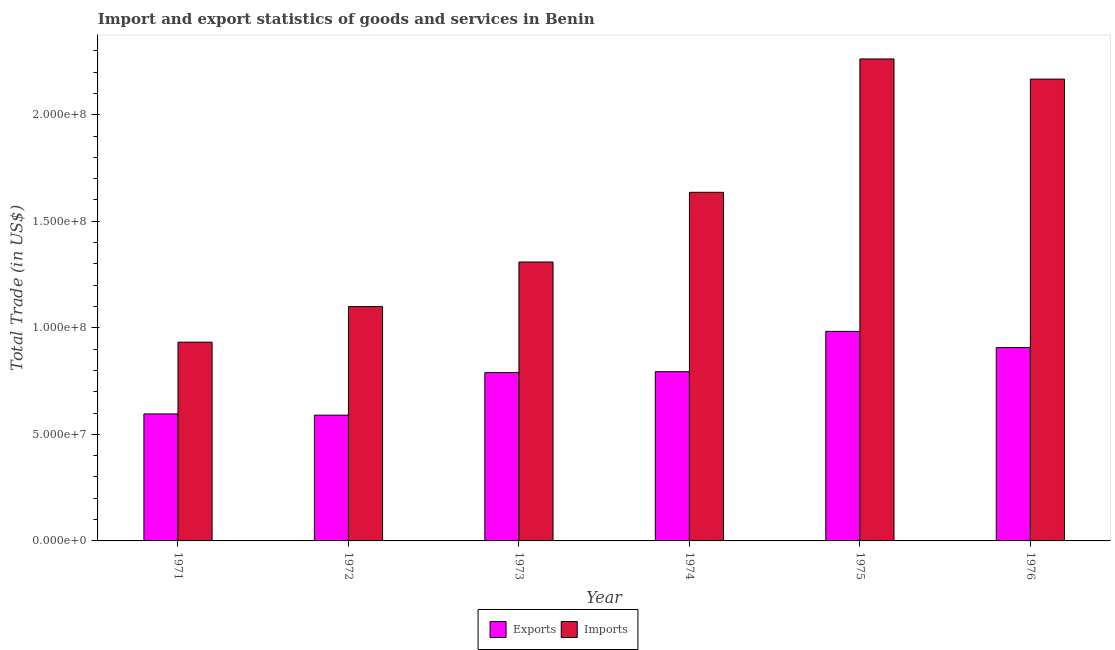
| Year | Exports | Imports |
 | --- | --- | --- |
 | 1971 | 5.96e+07 | 9.33e+07 |
 | 1972 | 5.9e+07 | 1.1e+08 |
 | 1973 | 7.9e+07 | 1.31e+08 |
 | 1974 | 7.94e+07 | 1.64e+08 |
 | 1975 | 9.83e+07 | 2.26e+08 |
 | 1976 | 9.07e+07 | 2.17e+08 |